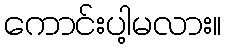
ကောင်းပါ့မလား။